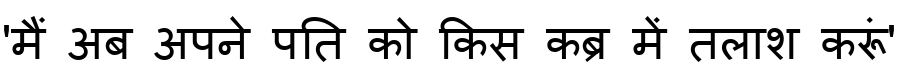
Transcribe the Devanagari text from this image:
'मैं अब अपने पति को किस कब्र में तलाश करूं'